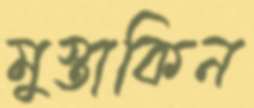
মুস্তাকিন